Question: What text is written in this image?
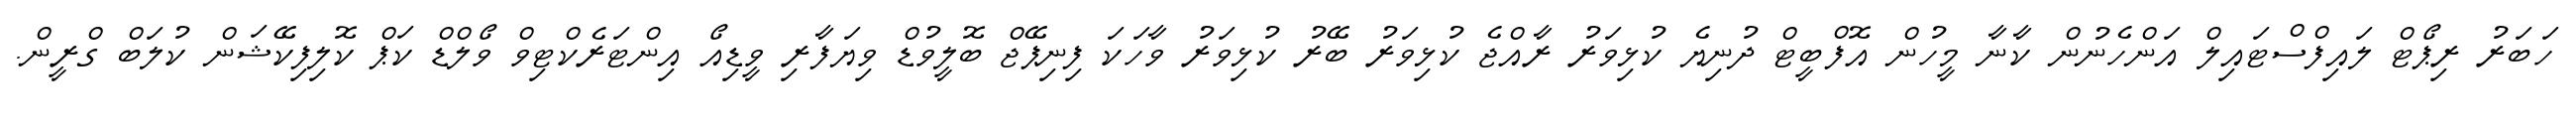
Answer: ހަބަރު ރިޕޯޓް ލައިފްސްޓައިލް އަންހެނުން ކާނާ މީހުން އޮފްބީޓް ދުނިޔެ ކުޅިވަރު ރާއްޖެ ކުޅިވަރު ބޭރު ކުޅިވަރު ވާހަކަ ފިނިޕޭޖް ބޮލީވުޑް ވިޔަފާރި ވީޑިއޯ އިންޓަރެކްޓިވް ވޯލްޑް ކަޕް ކޮލިފިކޭޝަން ކުލަބް ގްރީން.